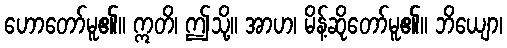
ဟောတော်မူ၏။ ဣတိ၊ ဤသို့။ အာဟ၊ မိန့်ဆိုတော်မူ၏။ ဘိယျော၊